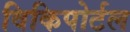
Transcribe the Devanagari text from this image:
विकिपोर्टल